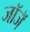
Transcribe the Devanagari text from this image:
जॉजॅ